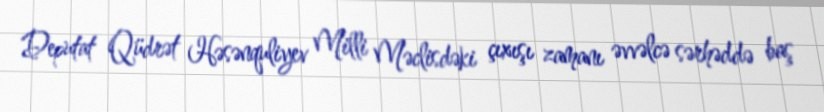
Deputat Qüdrət Həsənquliyev Milli Məclisdəki çıxışı zamanı əvvəlcə sərhəddə baş